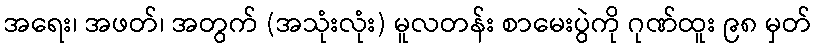
အရေး၊ အဖတ်၊ အတွက် (အသုံးလုံး) မူလတန်း စာမေးပွဲကို ဂုဏ်ထူး ၉၈ မှတ်